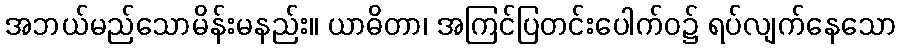
အဘယ်မည်သောမိန်းမနည်း။ ယာဓိတာ၊ အကြင်ပြတင်းပေါက်ဝ၌ ရပ်လျက်နေသော